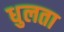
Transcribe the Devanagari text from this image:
धुलता